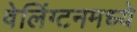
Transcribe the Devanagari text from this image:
वेलिंग्टनमध्ये